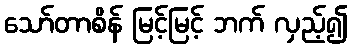
သော်တာစိန် မြင့်မြင့် ဘက် လှည့်၍